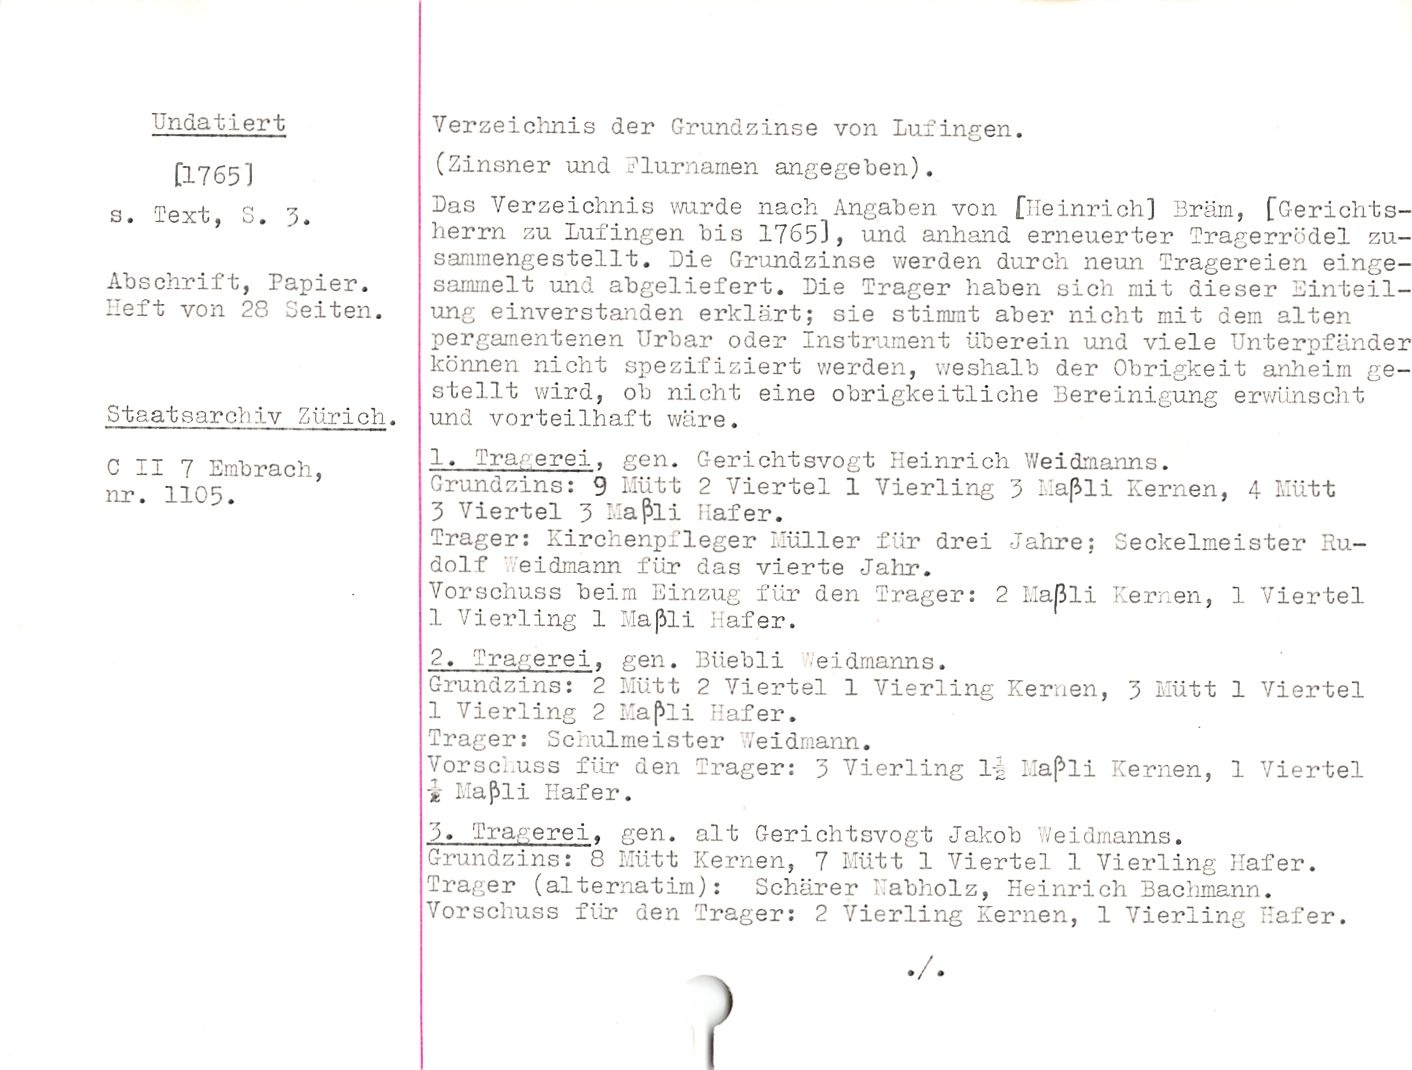
Undatiert

[17651

s. Text, S. 5.

Abschrift, Papier.
Heft von 28 Seiten.

Staatsarcliiv Zürich.

Verzeichnis der Grundzinse von Lufingen.

(Zinsner und Flurnamen angegeben).

Pas Verzeichnis wurde nach Angaben von [Heinrich] Bräm, [Gerichts¬
herrn zu Lufingen bis 17651, und anhand erneuerter Tragerrödel zu¬
sammengestellt. Die Grundzinse werden durch neun Fragereien einge¬
sammelt und abgeliefert. Die Träger haben sich mit dieser Einteil¬
ung einverstanden erklärt; sie stimmt aber nicht mit dem alten
pergamentenen Urbar oder Instrument überein und viele Unterpfänder
können nicht spezifiziert werden, weshalb der Obrigkeit anheim ge¬
stellt wird, ob nicht eine obrigkeitliche Bereinigung erwünscht
und vorteilhaft wäre.

C II 7 Umbrach,
nr. 1105.

1. Tra. erei, gen. Gerichtsvogt Heinrich Weidmanns.

Grundzins: 9 Mütt 2 Viertel 1 Vierling 3 I-iaJili Kernen, 4 Mütt
3 Viertel 3 I-Iaßli Hafer.

Träger: Kirchenpfleger Hüller für drei Jahre: Seckeimeister Ru¬
dolf eidmann für das vierte Jahr.

Vorschuss beim Einzug für den Träger: 2 Haßli Kernen, 1 Viertel
1 Vierling 1 Maßli Hafer.

2. Trägerei, gen. Büebli eidrnanns.

Grundzins: 2 Mütt 2 Viertel 1 Vierling Kernen, 3 Mütt 1 Viertel
1 Vierling 2 Maßli Hafer.

Träger: Schulmeister .eidmann.

Vorschuss für den Träger: 3 Vierling lJ Ma^li Kernen, 1 Viertel
i I.iaßli Hafer.

3. Tragerei. gen. alt Gerichtsvogt Jakob .'eidrnanns.

Grundzins: 8 Mütt Kernen, 7 Mütt 1 Viertel 1 Vierling Hafer.
Träger (alternatim): Schürer Habholz, Heinrich Bachmann.

Vorschuss für den Träger: 2 Vierling Kernen, 1 Vierling Hafer.